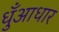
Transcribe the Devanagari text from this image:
धुँआधार